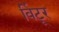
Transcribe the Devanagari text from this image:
विंटूर